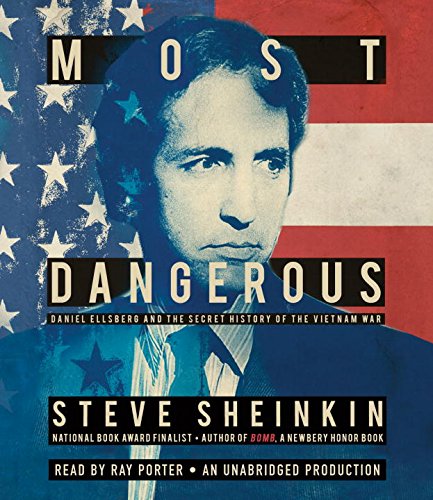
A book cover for Most Dangerous: Daniel Ellsberg and the Secret History of the Vietnam War; Steve Sheinkin; Teen & Young Adult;